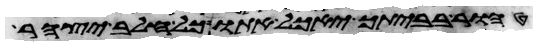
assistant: טהור בביתך יאכל אתו כל חלב יצהר